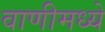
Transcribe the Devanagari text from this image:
वाणीमध्ये